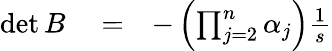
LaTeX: \begin{array}{rlr}{\operatorname*{det}B}&{{}=}&{-\left(\prod_{j=2}^{n}\alpha_{j}\right)\frac{1}{s}}\end{array}